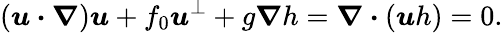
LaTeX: (\boldsymbol{u}\boldsymbol{\cdot}\boldsymbol{\nabla})\boldsymbol{u}+f_{0}\boldsymbol{u}^{\perp}+g\boldsymbol{\nabla}h=\boldsymbol{\nabla}\boldsymbol{\cdot}(\boldsymbol{u}h)=0.